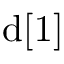
\mathrm { d } [ 1 ]